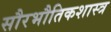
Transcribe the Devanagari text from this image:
सौरभौतिकशास्त्र